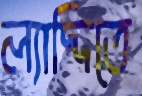
ল্যাদ্দিতে